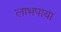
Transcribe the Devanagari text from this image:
लाभपाया